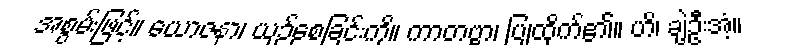
အစွမ်းဖြင့်။ ယောဇနာ၊ ယှဉ်စေခြင်းကို။ ကာတဗ္ဗာ၊ ပြုထိုက်၏။ ဟိ၊ ချဲ့ဦးအံ့။